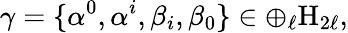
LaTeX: \gamma=\{ \alpha^{0},\alpha^{i},\beta_{i},\beta_{0}\} \in\oplus_{\ell}\mathrm{H}_{2\ell},